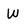
Character: W